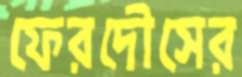
ফেরদৌসের